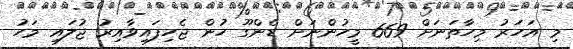
މި އަހަރު މިހާތަނަށް 669 މީހުންނަށް ޑެންގޫ ހުން ޖެހިފައިވާއިރު ޖުލައި މަހު